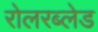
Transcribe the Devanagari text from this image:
रोलरब्लेड